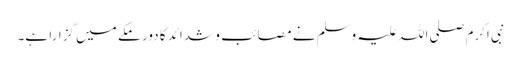
نبی اکرم صلی اللہ علیہ وسلم نے مصائب و شدائد کا دور مکے میں گزارا ہے۔